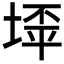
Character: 𱗍